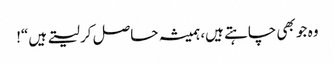
وہ جو بھی چاہتے ہیں، ہمیشہ حاصل کر لیتے ہیں“!